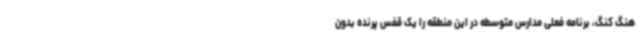
هنگ کنگ، برنامه فعلی مدارس متوسطه در این منطقه را یک قفس پرنده بدون